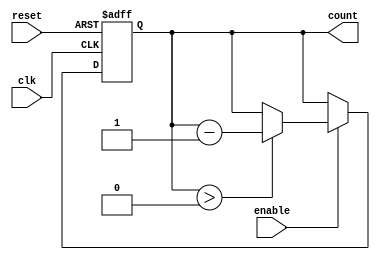
module decremental_counter #(
    parameter INITIAL_VALUE = 8'hFF  // Set the initial value (N) here
)(
    input wire clk,                   // Clock signal
    input wire reset,                 // Asynchronous reset signal
    input wire enable,                // Enable signal to control counting
    output reg [7:0] count            // Current count value (8-bit)
);

    // Asynchronous reset
    always @(posedge clk or posedge reset) begin
        if (reset) begin
            count <= INITIAL_VALUE;   // Reset to initial value
        end else if (enable) begin
            if (count > 0) begin
                count <= count - 1;   // Decrement the count
            end
        end
    end

endmodule